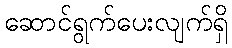
ဆောင်ရွက်ပေးလျက်ရှိ